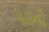
૫૩ની